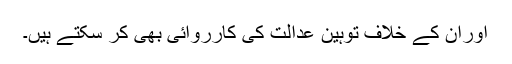
اوران کے خلاف توہین عدالت کی کارروائی بھی کر سکتے ہیں۔